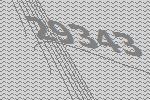
29343